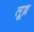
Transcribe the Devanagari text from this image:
लूब्र